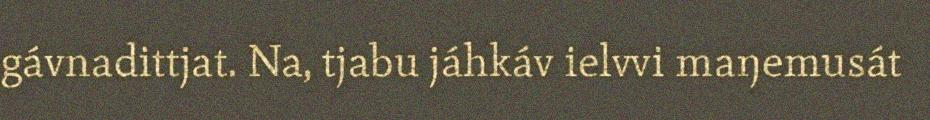
gávnadittjat. Na, tjabu jáhkáv ielvvi maŋemusát